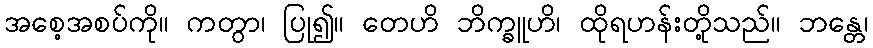
အစေ့အစပ်ကို။ ကတွာ၊ ပြု၍။ တေဟိ ဘိက္ခူဟိ၊ ထိုရဟန်းတို့သည်။ ဘန္တေ၊